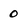
Character: 0